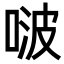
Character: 啵